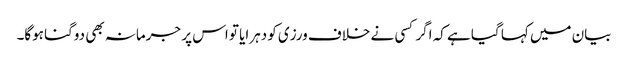
بیان میں کہا گیا ہے کہ اگر کسی نے خلاف ورزی کو دہرایا تو اس پر جرمانہ بھی دوگنا ہوگا۔